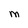
Character: M